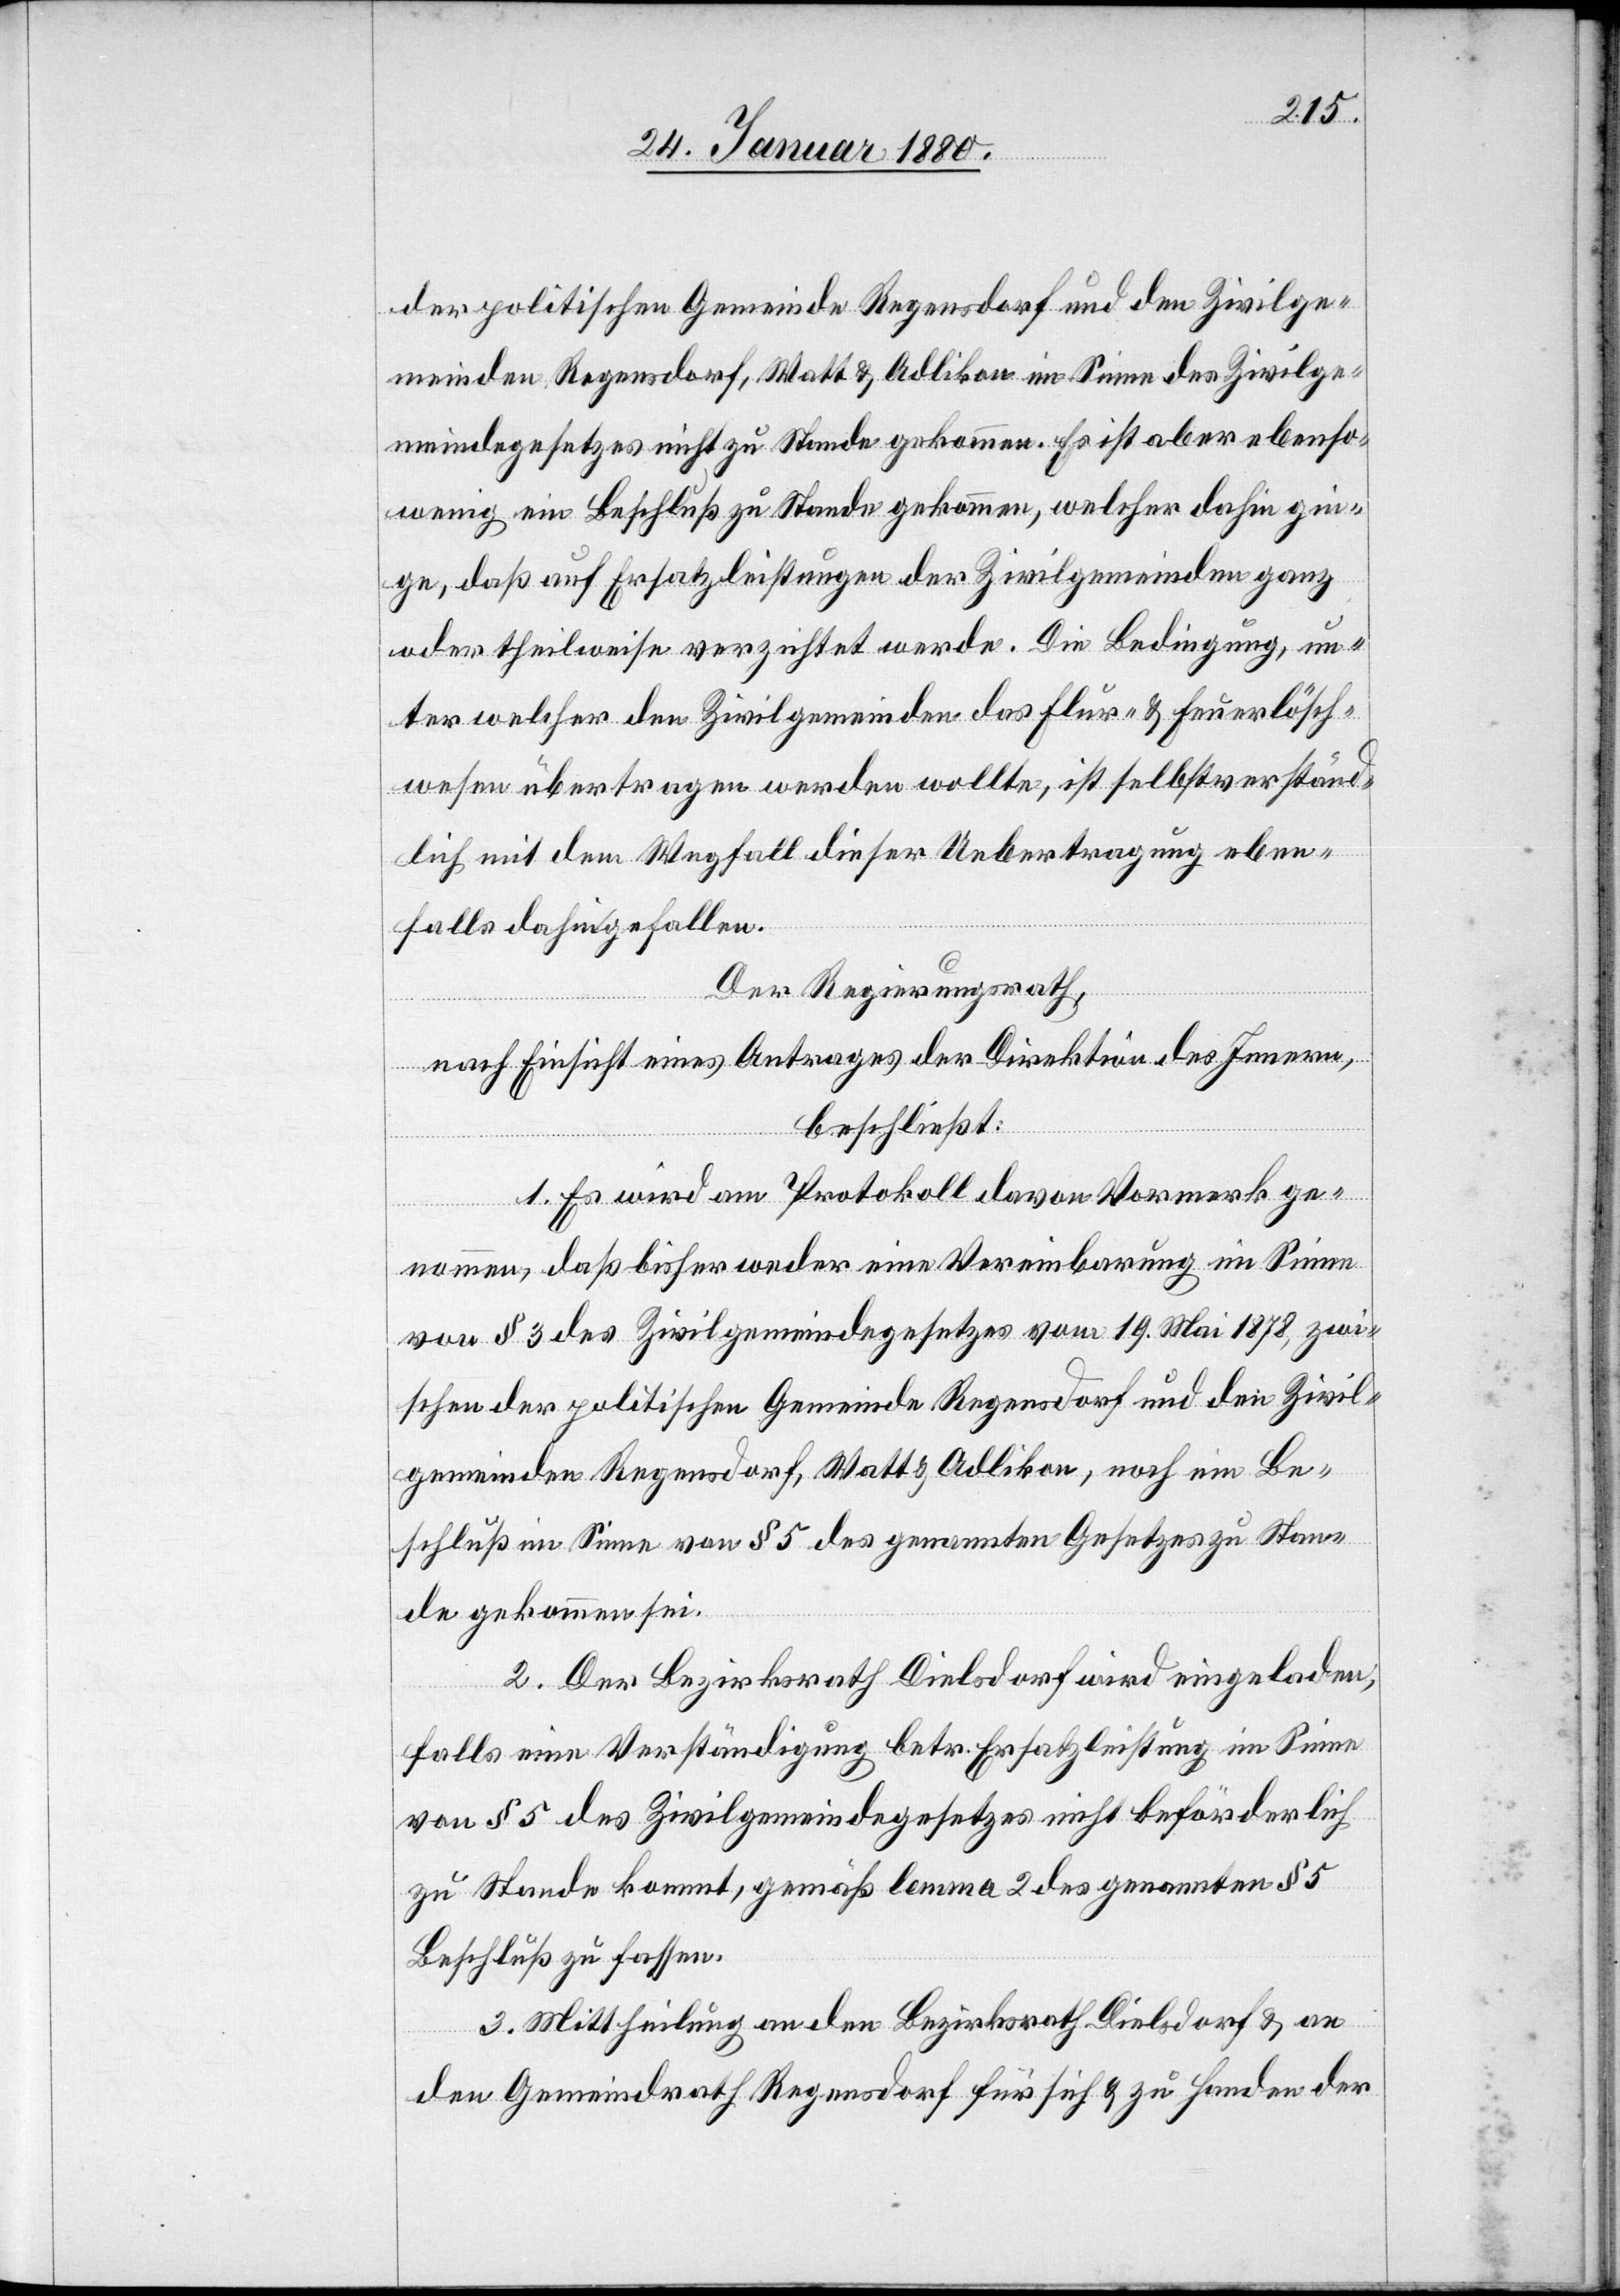
der politischen Gemeinde Regensdorf und den Zivilge¬
meinden Regensdorf, Watt & Adlikon im Sinne des Zivilge¬
meindegesetzes nicht zu Stande gekommen. Es ist aber ebenso¬
wenig ein Beschluß zu Stande gekommen, welcher dahin gin¬
ge, daß auf Ersatzleistungen der Zivilgemeinden ganz
oder theilweise verzichtet werde. Die Bedingung, un¬
ter welcher den Zivilgemeinden das Flur- & Lösch¬
wesen übertragen werden wollte, ist selbstverständ¬
lich mit dem Wegfall dieser Uebertragung eben¬
falls dahingefallen.
Der Regierungsrath,
nach Einsicht eines Antrages der Direktion des Innern,
beschließt:
1. Es wird am Protokoll davon Vormerk ge¬
nommen, daß bisher weder eine Vereinbarung im Sinne
von § 3 des Zivilgemeindegesetzes vom 19. Mai 1878, zwi¬
schen der politischen Gemeinde Regensdorf und den Zivil¬
gemeinden Regensdorf, Watt & Adlikon, noch ein Be¬
schluß im Sinne von § 5 des genannten Gesetzes zu Stan¬
de gekommen sei.
2. Der Bezirksrath Dielsdorf wird eingeladen,
falls eine Verständigung betr. Ersatzleistung im Sinne
von § 5 des Zivilgemeindegesetzes nicht beförderlich
zu Stande kommt, gemäß lemma 2 des genannten § 5
Beschluß zu fassen.
3. Mittheilung an den Bezirksrath Dielsdorf & an
den Gemeindrath Regensdorf für sich & zu Handen der